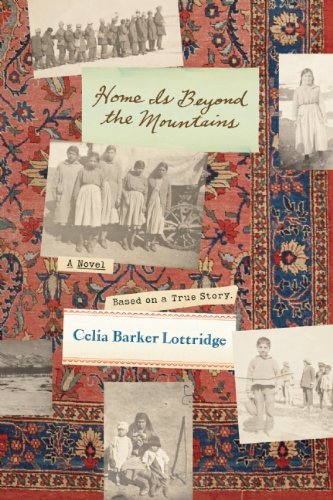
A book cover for Home Is Beyond the Mountains; Celia Barker Lottridge; Teen & Young Adult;